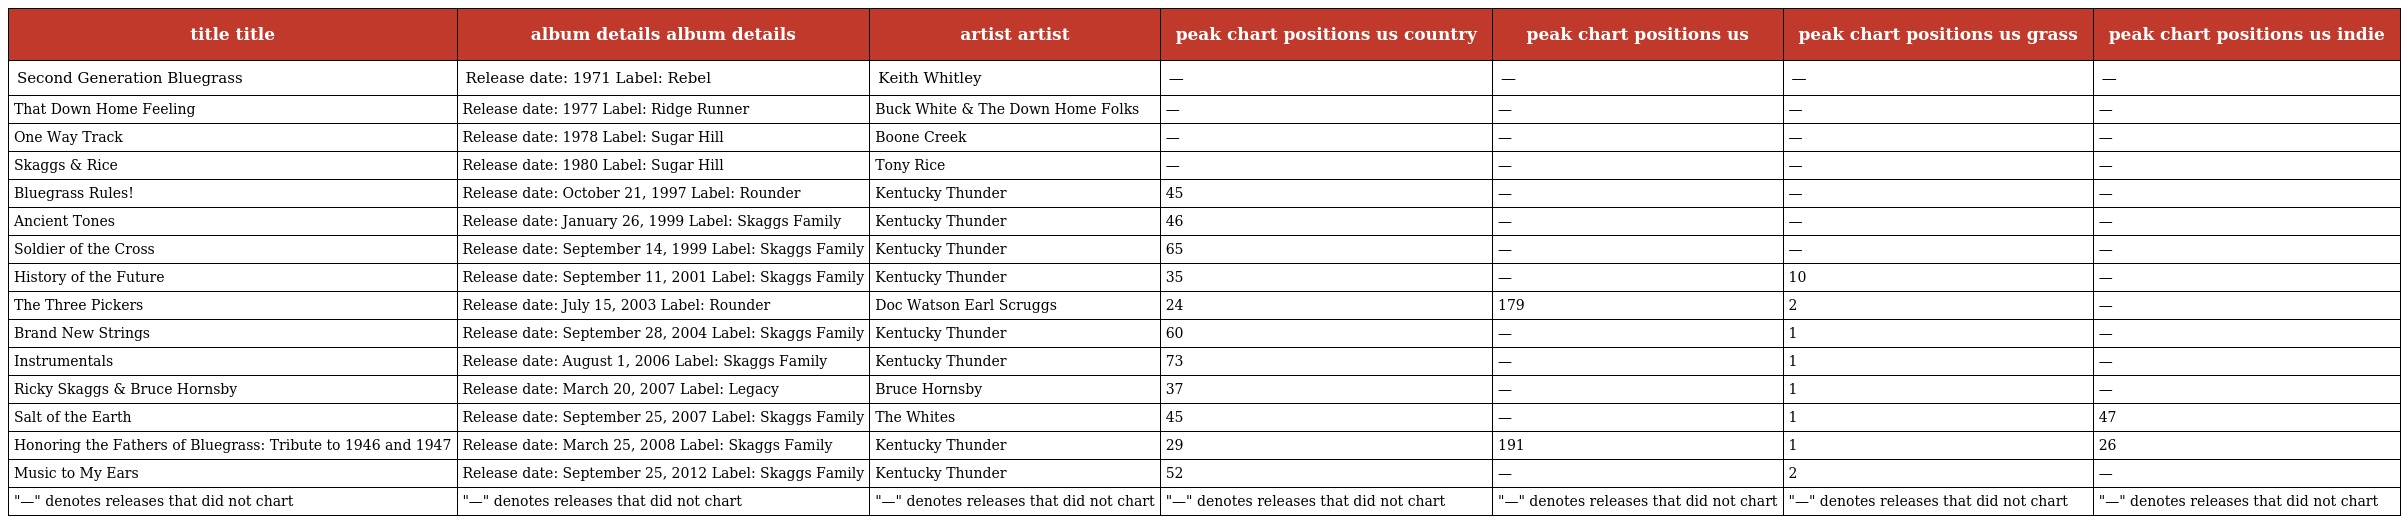
| title title | album details album details | artist artist | peak chart positions us country | peak chart positions us | peak chart positions us grass | peak chart positions us indie |
 | --- | --- | --- | --- | --- | --- | --- |
 | Second Generation Bluegrass | Release date: 1971 Label: Rebel | Keith Whitley | — | — | — | — |
 | That Down Home Feeling | Release date: 1977 Label: Ridge Runner | Buck White & The Down Home Folks | — | — | — | — |
 | One Way Track | Release date: 1978 Label: Sugar Hill | Boone Creek | — | — | — | — |
 | Skaggs & Rice | Release date: 1980 Label: Sugar Hill | Tony Rice | — | — | — | — |
 | Bluegrass Rules! | Release date: October 21, 1997 Label: Rounder | Kentucky Thunder | 45 | — | — | — |
 | Ancient Tones | Release date: January 26, 1999 Label: Skaggs Family | Kentucky Thunder | 46 | — | — | — |
 | Soldier of the Cross | Release date: September 14, 1999 Label: Skaggs Family | Kentucky Thunder | 65 | — | — | — |
 | History of the Future | Release date: September 11, 2001 Label: Skaggs Family | Kentucky Thunder | 35 | — | 10 | — |
 | The Three Pickers | Release date: July 15, 2003 Label: Rounder | Doc Watson Earl Scruggs | 24 | 179 | 2 | — |
 | Brand New Strings | Release date: September 28, 2004 Label: Skaggs Family | Kentucky Thunder | 60 | — | 1 | — |
 | Instrumentals | Release date: August 1, 2006 Label: Skaggs Family | Kentucky Thunder | 73 | — | 1 | — |
 | Ricky Skaggs & Bruce Hornsby | Release date: March 20, 2007 Label: Legacy | Bruce Hornsby | 37 | — | 1 | — |
 | Salt of the Earth | Release date: September 25, 2007 Label: Skaggs Family | The Whites | 45 | — | 1 | 47 |
 | Honoring the Fathers of Bluegrass: Tribute to 1946 and 1947 | Release date: March 25, 2008 Label: Skaggs Family | Kentucky Thunder | 29 | 191 | 1 | 26 |
 | Music to My Ears | Release date: September 25, 2012 Label: Skaggs Family | Kentucky Thunder | 52 | — | 2 | — |
 | "—" denotes releases that did not chart | "—" denotes releases that did not chart | "—" denotes releases that did not chart | "—" denotes releases that did not chart | "—" denotes releases that did not chart | "—" denotes releases that did not chart | "—" denotes releases that did not chart |